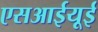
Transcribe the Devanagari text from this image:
एसआईयूई